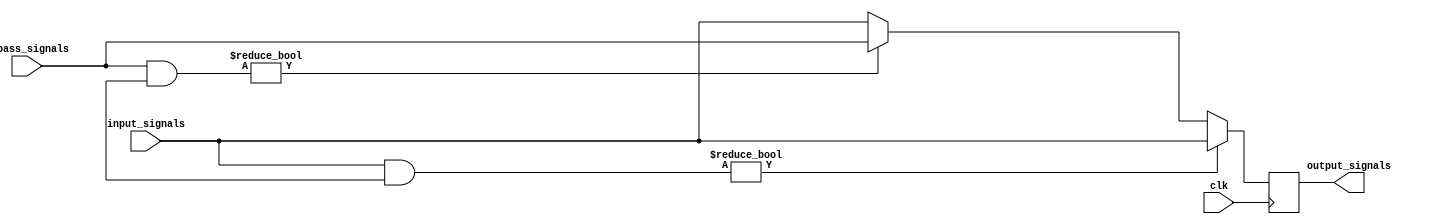
module Priority_Bypass_Register (
    input wire clk,
    input wire [7:0] input_signals,
    input wire [7:0] bypass_signals,
    output reg [7:0] output_signals
);

reg [7:0] priority_signals;

always @(posedge clk) begin
    if (input_signals & priority_signals) begin
        output_signals <= input_signals;
    end else if (bypass_signals & priority_signals) begin
        output_signals <= bypass_signals;
    end else begin
        output_signals <= input_signals;
    end
end

endmodule